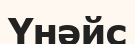
Үнәйс